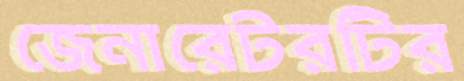
জেনারেটরটির